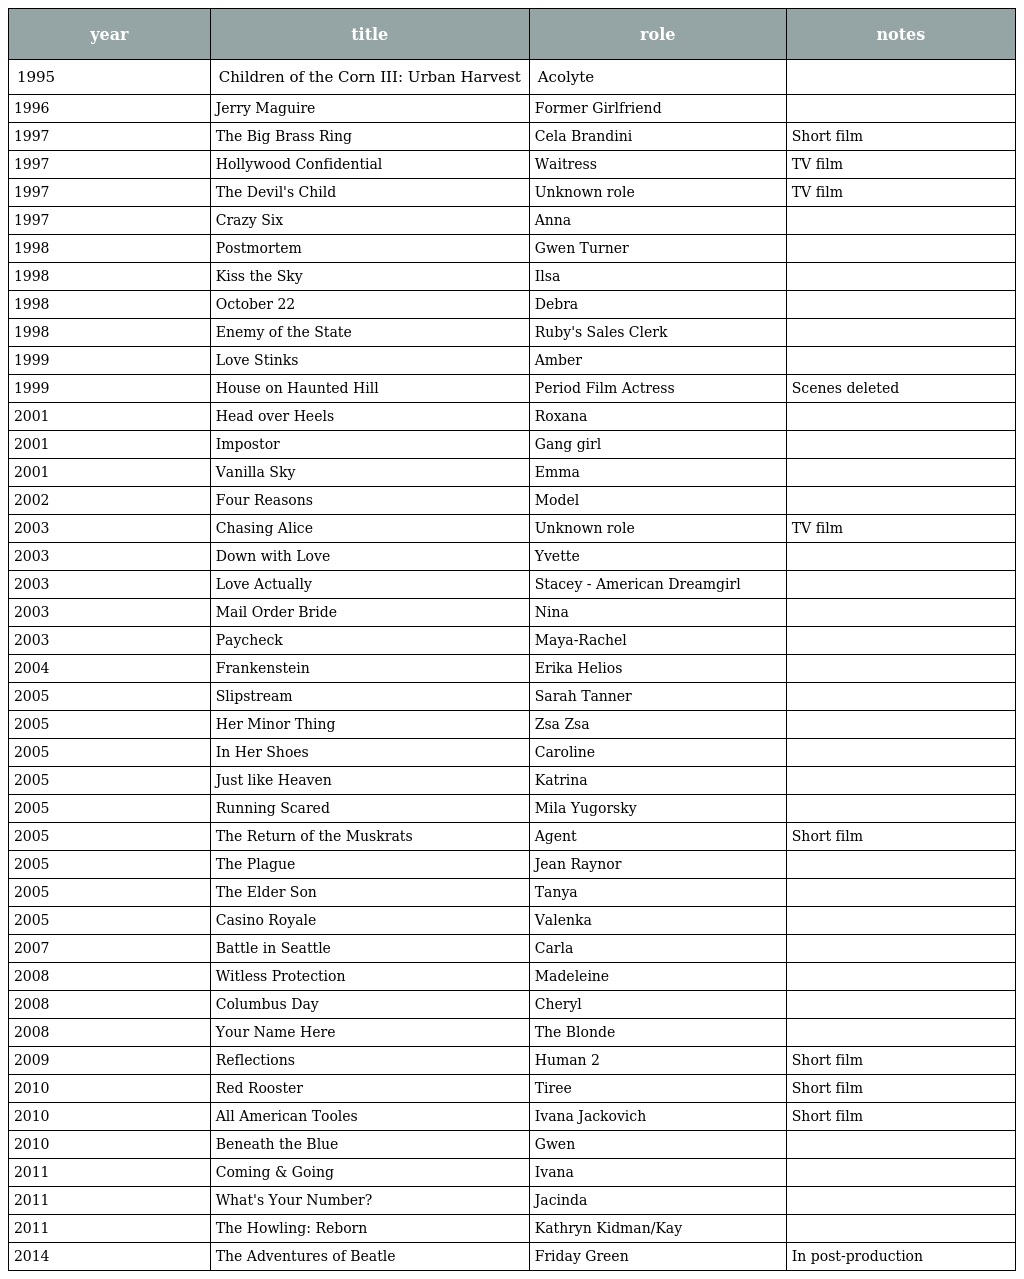
| year | title | role | notes |
 | --- | --- | --- | --- |
 | 1995 | Children of the Corn III: Urban Harvest | Acolyte |  |
 | 1996 | Jerry Maguire | Former Girlfriend |  |
 | 1997 | The Big Brass Ring | Cela Brandini | Short film |
 | 1997 | Hollywood Confidential | Waitress | TV film |
 | 1997 | The Devil's Child | Unknown role | TV film |
 | 1997 | Crazy Six | Anna |  |
 | 1998 | Postmortem | Gwen Turner |  |
 | 1998 | Kiss the Sky | Ilsa |  |
 | 1998 | October 22 | Debra |  |
 | 1998 | Enemy of the State | Ruby's Sales Clerk |  |
 | 1999 | Love Stinks | Amber |  |
 | 1999 | House on Haunted Hill | Period Film Actress | Scenes deleted |
 | 2001 | Head over Heels | Roxana |  |
 | 2001 | Impostor | Gang girl |  |
 | 2001 | Vanilla Sky | Emma |  |
 | 2002 | Four Reasons | Model |  |
 | 2003 | Chasing Alice | Unknown role | TV film |
 | 2003 | Down with Love | Yvette |  |
 | 2003 | Love Actually | Stacey - American Dreamgirl |  |
 | 2003 | Mail Order Bride | Nina |  |
 | 2003 | Paycheck | Maya-Rachel |  |
 | 2004 | Frankenstein | Erika Helios |  |
 | 2005 | Slipstream | Sarah Tanner |  |
 | 2005 | Her Minor Thing | Zsa Zsa |  |
 | 2005 | In Her Shoes | Caroline |  |
 | 2005 | Just like Heaven | Katrina |  |
 | 2005 | Running Scared | Mila Yugorsky |  |
 | 2005 | The Return of the Muskrats | Agent | Short film |
 | 2005 | The Plague | Jean Raynor |  |
 | 2005 | The Elder Son | Tanya |  |
 | 2005 | Casino Royale | Valenka |  |
 | 2007 | Battle in Seattle | Carla |  |
 | 2008 | Witless Protection | Madeleine |  |
 | 2008 | Columbus Day | Cheryl |  |
 | 2008 | Your Name Here | The Blonde |  |
 | 2009 | Reflections | Human 2 | Short film |
 | 2010 | Red Rooster | Tiree | Short film |
 | 2010 | All American Tooles | Ivana Jackovich | Short film |
 | 2010 | Beneath the Blue | Gwen |  |
 | 2011 | Coming & Going | Ivana |  |
 | 2011 | What's Your Number? | Jacinda |  |
 | 2011 | The Howling: Reborn | Kathryn Kidman/Kay |  |
 | 2014 | The Adventures of Beatle | Friday Green | In post-production |